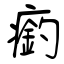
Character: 瘹